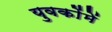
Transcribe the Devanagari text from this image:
युवकोंमें